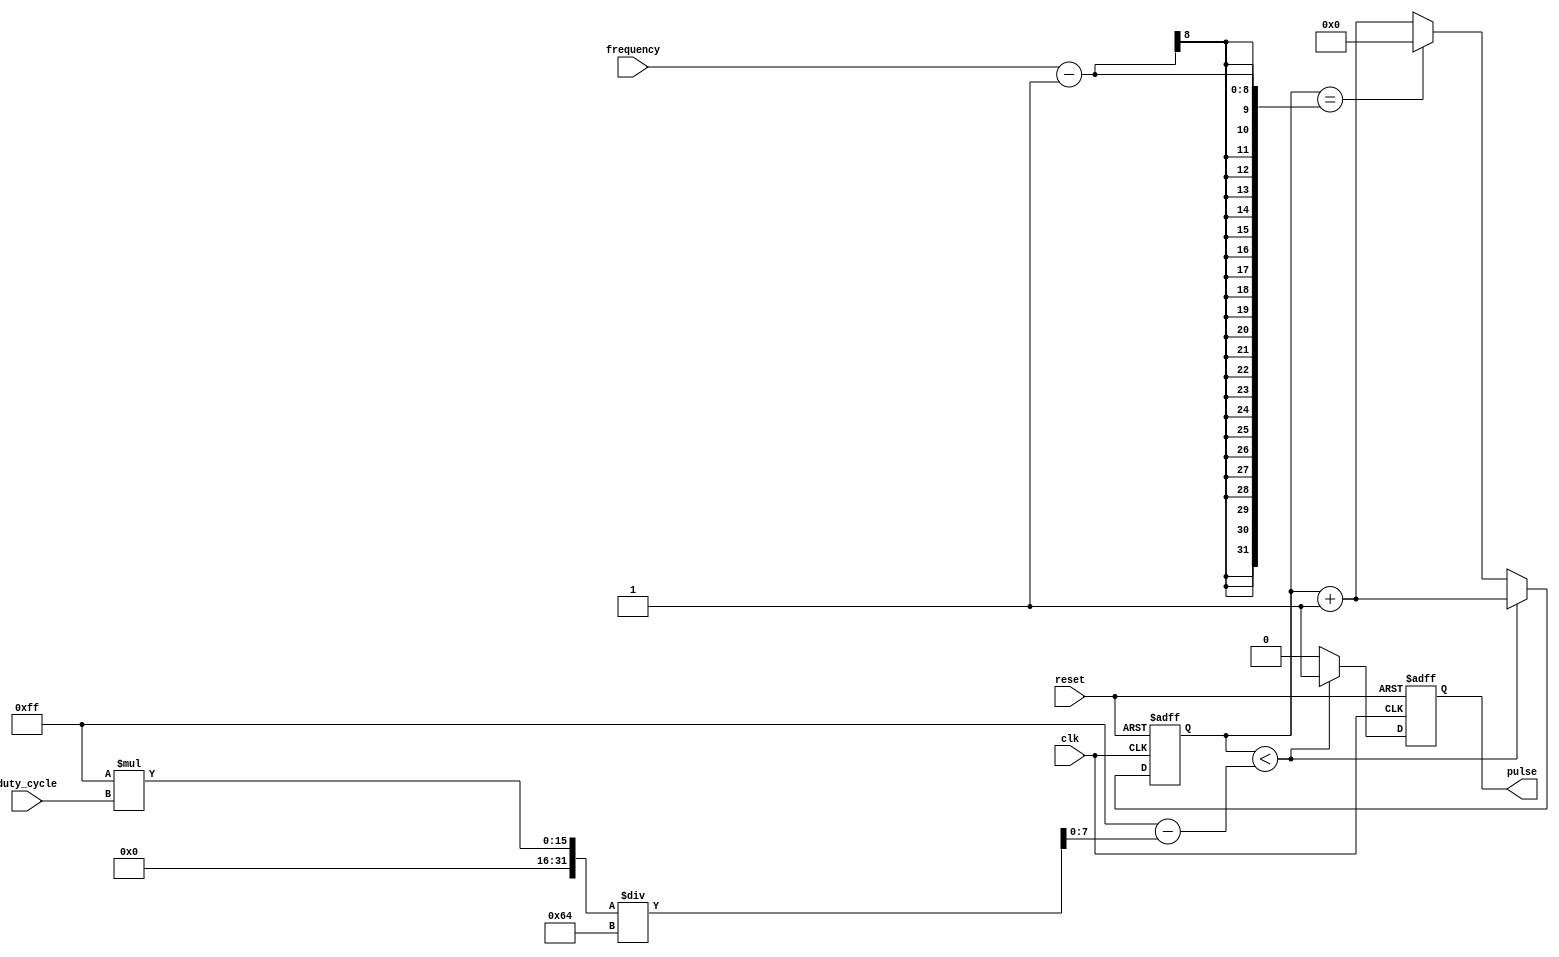
module variable_frequency_pulse_generator (
    input wire clk,
    input wire reset,
    input wire [7:0] frequency,
    input wire [7:0] duty_cycle,
    output reg pulse
);

reg [7:0] count = 0;
reg [7:0] threshold = 255 - (255 * duty_cycle / 100);

always @(posedge clk or posedge reset) begin
    if (reset) begin
        pulse <= 0;
        count <= 0;
    end else begin
        if (count < threshold) begin
            pulse <= 1;
            count <= count + 1;
        end else begin
            pulse <= 0;
            count <= count + 1;
            if (count == frequency - 1) begin
                count <= 0;
            end
        end
    end
end

endmodule